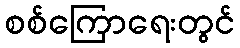
စစ်ကြောရေးတွင်